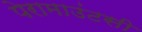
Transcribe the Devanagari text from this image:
पेरामाउंटसी